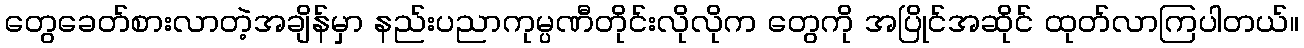
တွေခေတ်စားလာတဲ့အချိန်မှာ နည်းပညာကုမ္ပဏီတိုင်းလိုလိုက တွေကို အပြိုင်အဆိုင် ထုတ်လာကြပါတယ်။